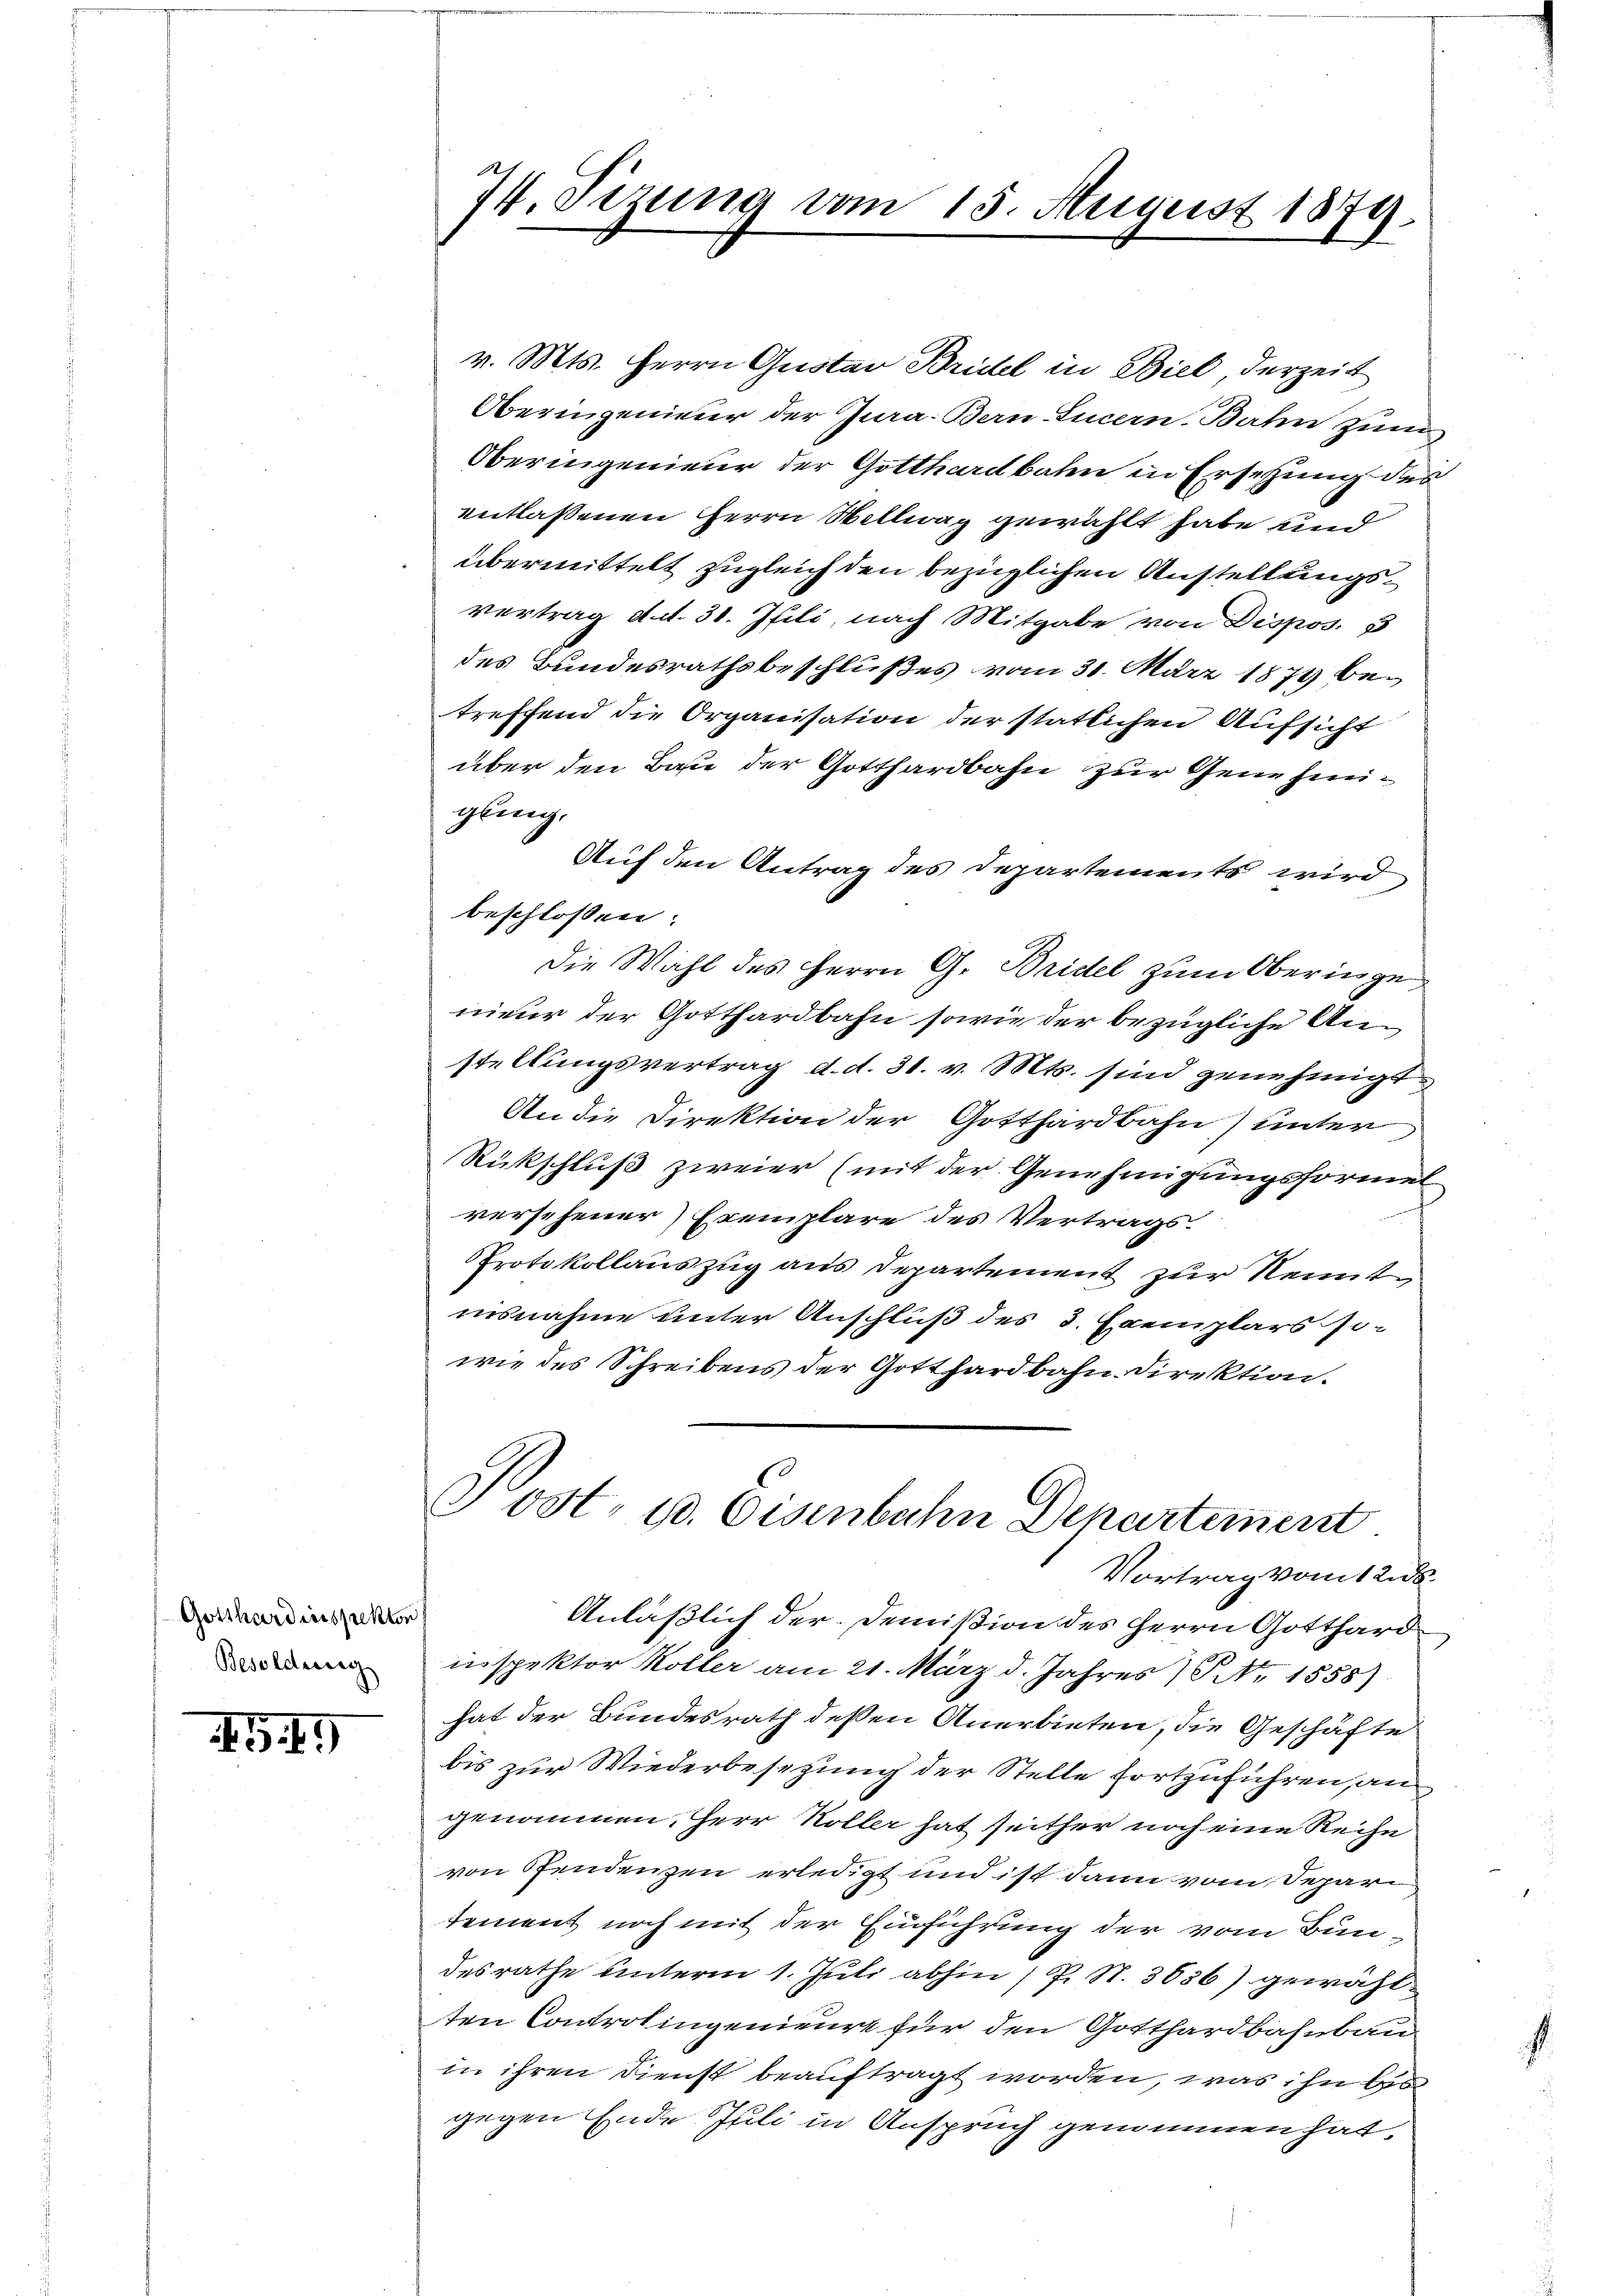
Gotthardinspekton
Besoldung

459

¼. Tizung vom 15. August 1874.

v. Mts. Herrn Quotar Brüchel in Biel derzeit
Oberingenieur der Jura. Bern-Sucern-Bahn zum
Oberingenieur der Gotthardbahn in Ersetzung des
entlaßenen Herrn Willwag gewählt habe und
übermittelt zugleich den bezüglichen Anstellungsvertrag d. d. 31. Juli, nach Mitgabe von Dispos. B
des Bundesrathsbeschlußes vom 31. März 1874 betreffend die Organisation der stattlichen Aufsicht
über den Baue der Gotthardbahn zur Genehmigling.
Auf den Antrag des Departements wird
beschlossen:
Die Wahl des Herrn G. Bridel zum Oberinge
nieur der Gotthardbahn sowie der bezügliche Anstellungsvertrag d. d. 31. v. Mts. sind genehmigt
An die Direktion der Gotthardbahn) unter
Rückschluß zweier (mit der Genehmigungsformel
versehener Exemplare des Vertrags¬
Protokollauszug aus Departement zur Nenntiisnahme unter Anschluß des 3. Exemplars so-
wie des Schreibens der Gotthardbahn Direktion.

Post- u. Eisenbahn Departement

Vortrag vom 12. ds.
Anläßlich der Demmißion des Herrn Gotthard
inspektor Koller am 21. März d. Jahres / NNo. 1558).
hat der Bundesrath dessen Anerbieten, die Geschäfte
bis zur Wiederbesetzung der Stelle fortzuführen, an
genommen. Herr Koller hat seither noch eine Reihe
von Pfendenzen erledigt und ist dann vom Separtement noch mit der Einführung der vom Bundesrathe unterm 1. Juli abhin / P. S. 3856) gewählten Controlingenieure für den Gotthardbahnbau
in ihren Dienst beauftragt worden, was ihn bis
gegen Ende Isili in Anspruch genommen hat,